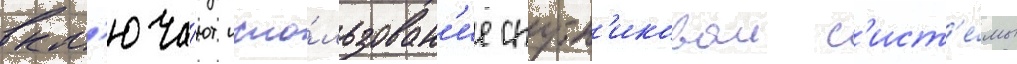
вкл'юча́ют испо́льзован'ие спутн'иковои с'ист'е́мы